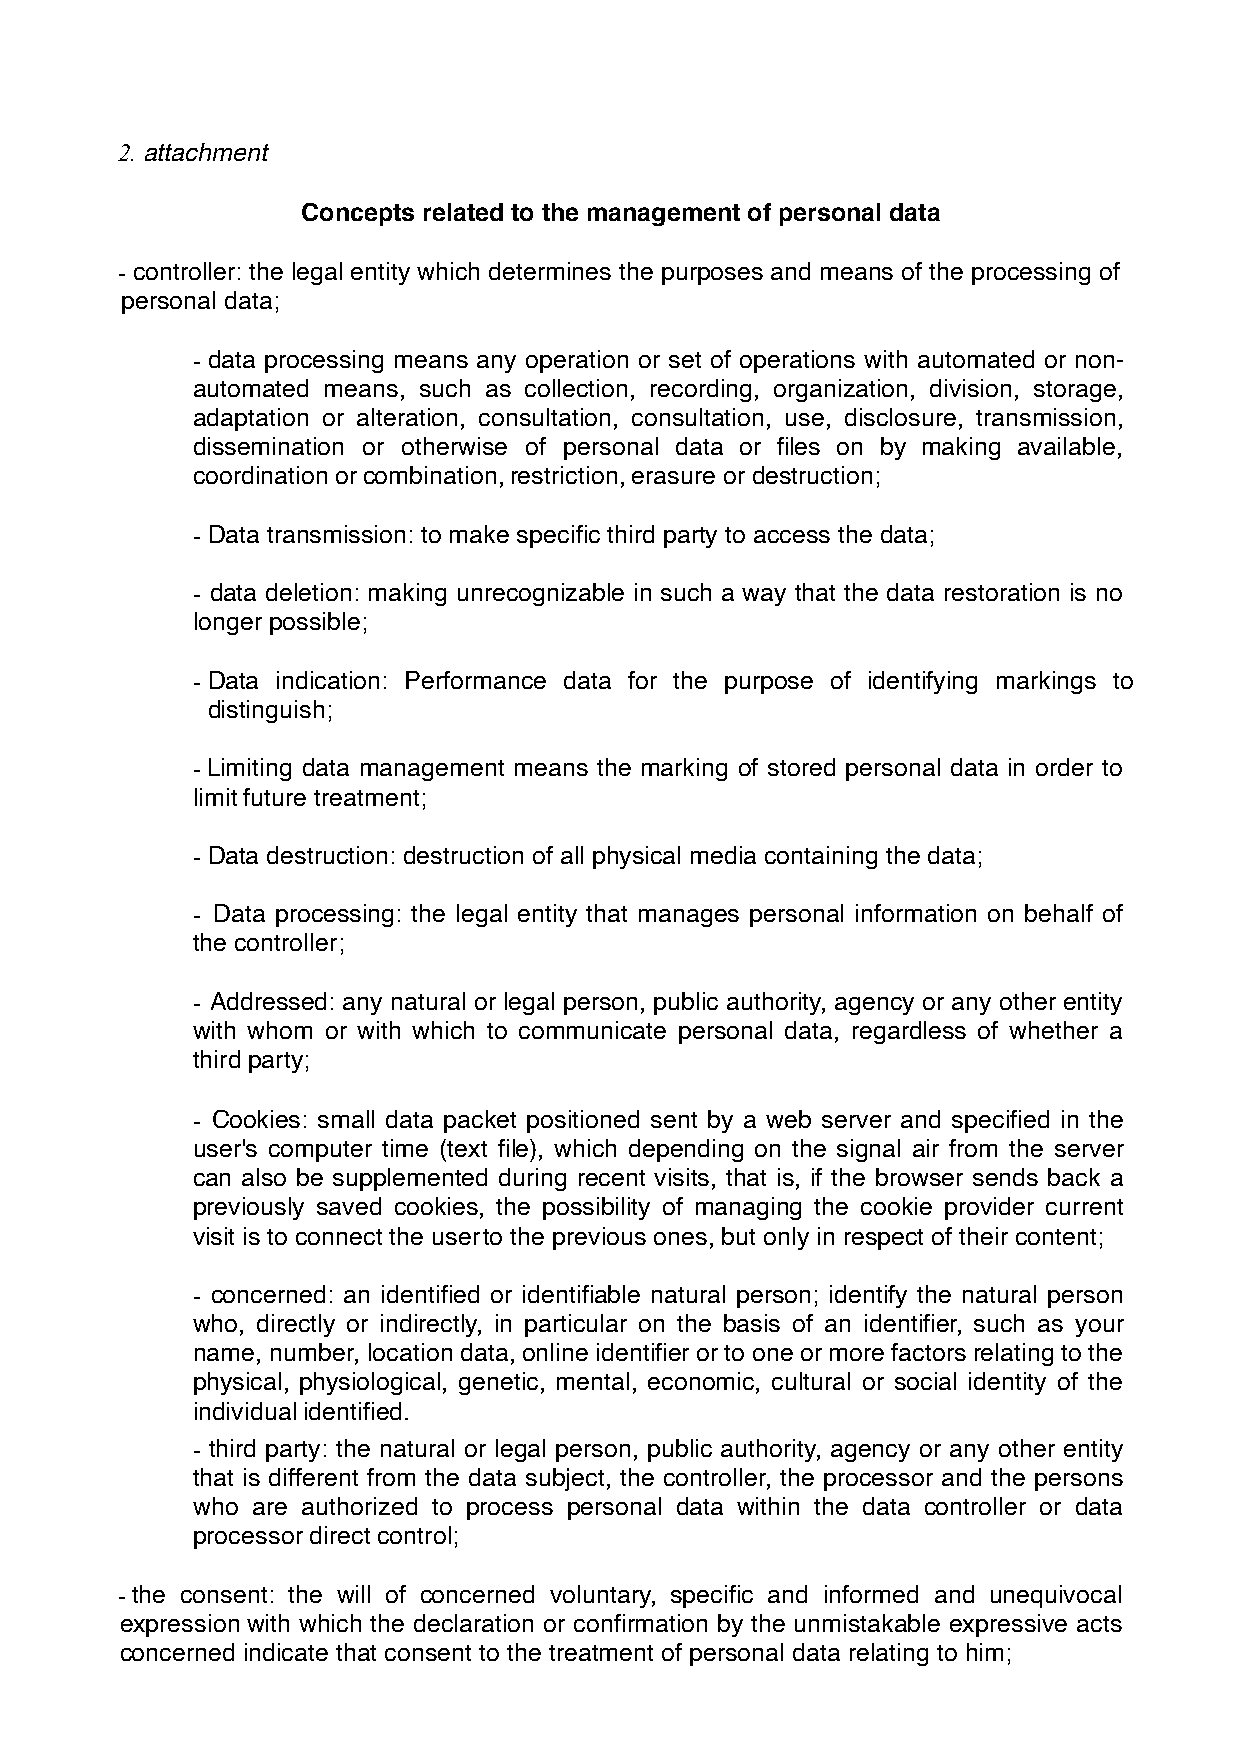
2. attachment
 Concepts related to the management of personal data
 - controller: the legal entity which determines the purposes and means of the processing of
 personal data;
 - data processing means any operation or set of operations with automated or non-
 automated means, such as collection, recording, organization, division, storage,
 adaptation or alteration, consultation, consultation, use, disclosure, transmission,
 dissemination or otherwise of personal data or files on by making available,
 coordination or combination, restriction, erasure or destruction;
 - Data transmission: to make specific third party to access the data;
 - data deletion: making unrecognizable in such a way that the data restoration is no
 longer possible;
 - Data indication: Performance data for the purpose of identifying markings to
 distinguish;
 -Limiting data management means the marking of stored personal data in order to
 limit future treatment;
 - Data destruction: destruction of all physical media containing the data;
 - Data processing: the legal entity that manages personal information on behalf of
 the controller;
 - Addressed: any natural or legal person, public authority, agency or any other entity
 with whom or with which to communicate personal data, regardless of whether a
 third party;
 - Cookies: small data packet positioned sent by a web server and specified in the
 user's computer time (text file), which depending on the signal air from the server
 can also be supplemented during recent visits, that is, if the browser sends back a
 previously saved cookies, the possibility of managing the cookie provider current
 visit is to connect the user to the previous ones, but only in respect of their content;
 - concerned: an identified or identifiable natural person; identify the natural person
 who, directly or indirectly, in particular on the basis of an identifier, such as your
 name, number, location data, online identifier or to one or more factors relating to the
 physical, physiological, genetic, mental, economic, cultural or social identity of the
 individual identified.
 - third party: the natural or legal person, public authority, agency or any other entity
 that is different from the data subject, the controller, the processor and the persons
 who are authorized to process personal data within the data controller or data
 processor direct control;
 -the consent: the will of concerned voluntary, specific and informed and unequivocal
 expression with which the declaration or confirmation by the unmistakable expressive acts
 concerned indicate that consent to the treatment of personal data relating to him;